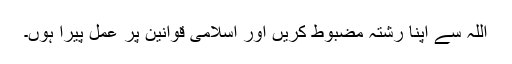
اللہ سے اپنا رشتہ مضبوط کریں اور اسلامی قوانین پر عمل پیرا ہوں۔